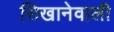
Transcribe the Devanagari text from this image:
सिखानेवाली